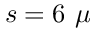
s = 6 ~ \mu